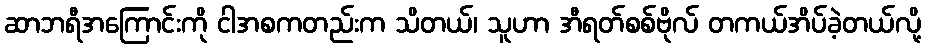
ဆာဘရီအကြောင်းကို ငါအစကတည်းက သိတယ်၊ သူဟာ အီရတ်စစ်ဗိုလ် တကယ်အိပ်ခဲ့တယ်လို့